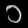
Digit: ၁